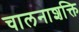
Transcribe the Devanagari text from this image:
चालनाशक्ति